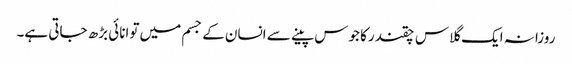
روزانہ ایک گلاس چقندرکا جوس پینے سے انسان کے جسم میں توانائی بڑھ جاتی ہے۔